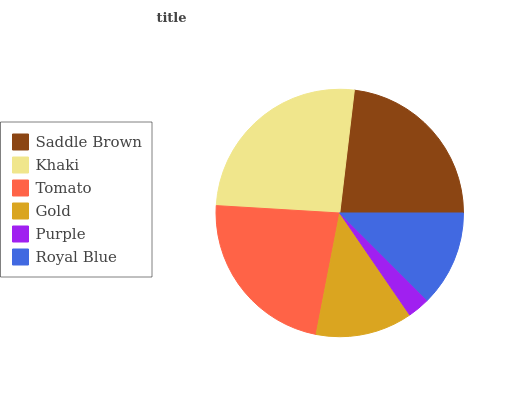
| Saddle Brown | Khaki | Tomato | Gold | Purple | Royal Blue |
 | --- | --- | --- | --- | --- | --- |
 | 23.1% | 25.9% | 22.9% | 12.6% | 2.94% | 12.5% |